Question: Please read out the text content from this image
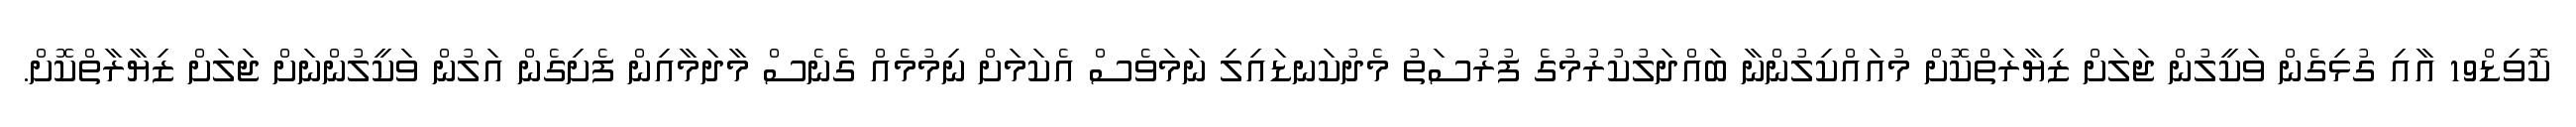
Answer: ކޮވިޑް19 އާއި ގުޅިގެން ވަކީލުން ޖަލަށް ޒިޔާރަތްކޮށް މުއައްކިލުންނާ ބައްދަލުކުރުމުގެ ފުރުސަތު މެދުކަނޑައިލި ނަމަވެސް އެކަމަށް ނިމުމެއް ގެނެސް މާދަމާއިން ފެށިގެން އަލުން ވަކީލުންނަށް ޖަލަށް ޒިޔާރާތްކޮށް.